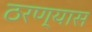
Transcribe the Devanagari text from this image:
ठरण्यास